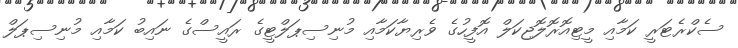
ސެކްރެޓަރީ ކަމާއި މީޓިއޮޮރޮލޮޖިކަލް އޮފީހުގެ ވެރިޔާކަމާއި މުނިސިޕަލްޓީގެ ރައީސްގެ ނައިބު ކަމާއި މުނިސިޕަލް